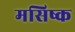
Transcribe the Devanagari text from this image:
मसिष्क